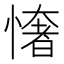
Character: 㦋